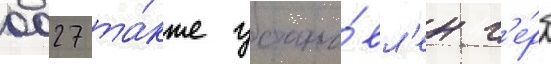
0027 та́кже устано́вл'ен г'е́рб